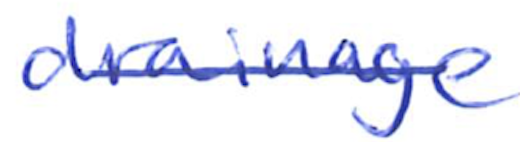
Text: drainage
Cross-out: single-line
Writing tool: ballpoint